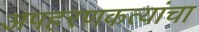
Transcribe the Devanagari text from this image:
अपहरणकत्यांचा